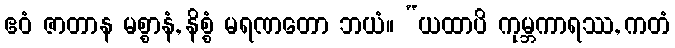
ဧဝံ ဇာတာန မစ္စာနံ, နိစ္စံ မရဏတော ဘယံ။ “ယထာပိ ကုမ္ဘကာရဿ, ကတံ